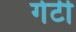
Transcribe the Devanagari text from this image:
गेर्टी